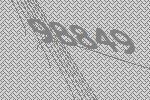
98849